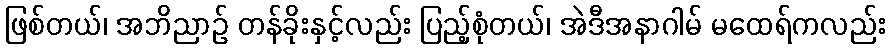
ဖြစ်တယ်၊ အဘိညာဉ် တန်ခိုးနှင့်လည်း ပြည့်စုံတယ်၊ အဲဒီအနာဂါမ် မထေရ်ကလည်း